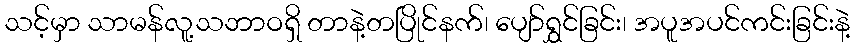
သင့်မှာ သာမန်လူ့သဘာဝရှိ တာနဲ့တပြိုင်နက်၊ ပျော်ရွှင်ခြင်း၊ အပူအပင်ကင်းခြင်းနဲ့